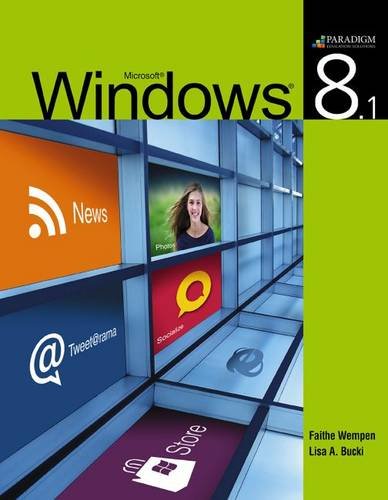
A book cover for Windows 8.1: Text; Faithe Wempen; Computers & Technology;